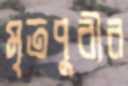
মৃতপুরীর